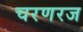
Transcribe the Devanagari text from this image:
चरणरज